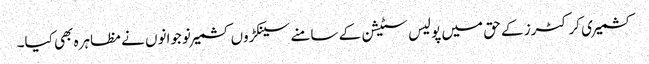
کشمیری کرکٹرز کے حق میں پولیس سٹیشن کے سامنے سینکڑوں کشمیر نوجوانوں نے مظاہرہ بھی کیا۔